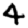
Digit: 4